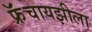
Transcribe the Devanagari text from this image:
फ्रॅंचायझीला